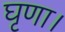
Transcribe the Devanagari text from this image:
घृणा।